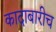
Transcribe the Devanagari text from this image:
कादाबारीच